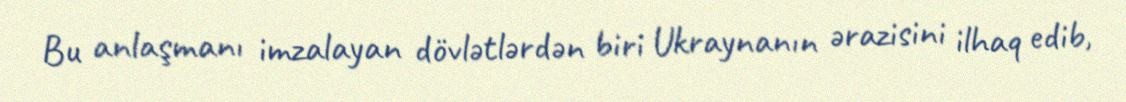
Bu anlaşmanı imzalayan dövlətlərdən biri Ukraynanın ərazisini ilhaq edib,